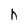
Character: h